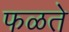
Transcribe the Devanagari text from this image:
फळते